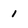
Character: 1